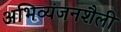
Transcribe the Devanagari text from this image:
अभिव्यंजनशैली